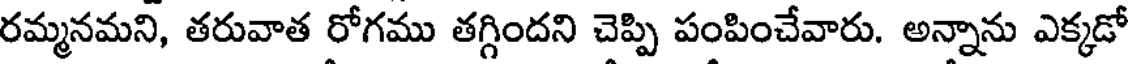
రమ్మనమని, తరువాత రోగము తగ్గిందని చెప్పి పంపించేవారు. అన్నాను ఎక్కడో